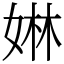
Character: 㛦